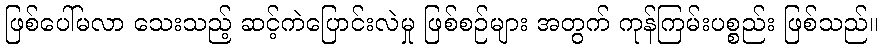
ဖြစ်ပေါ်မလာ သေးသည့် ဆင့်ကဲပြောင်းလဲမှု ဖြစ်စဉ်များ အတွက် ကုန်ကြမ်းပစ္စည်း ဖြစ်သည်။